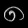
Digit: ၈